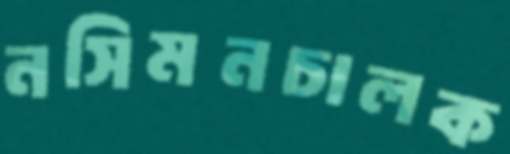
নসিমনচালক